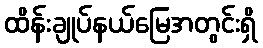
ထိန်းချုပ်နယ်မြေအတွင်းရှိ